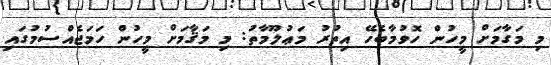
މި މަގާމަށް މީހުން ހޮވުމާބެހޭ އިތުރު މަޢުލޫމާތު: މި މަޤާމަށް މީހުން ހަމަޖެއްސުމުގައި